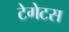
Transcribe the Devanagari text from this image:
टेगेटस